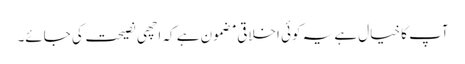
آپ کا خیال ہے یہ کوئی اخلاقی مضمون ہے کہ اچھی نصیحت کی جائے۔